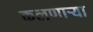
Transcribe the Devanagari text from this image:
कलणाऱ्या